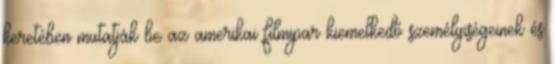
keretében mutatják be az amerikai filmipar kiemelkedő személyiségeinek és